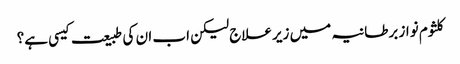
کلثوم نواز برطانیہ میں زیرعلاج لیکن اب ان کی طبیعت کیسی ہے؟